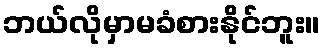
ဘယ်လိုမှာမခံစားနိုင်ဘူး။